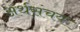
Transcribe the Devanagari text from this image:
अर्थसंचय